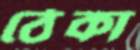
ঠেকা